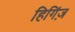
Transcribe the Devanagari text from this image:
हिगिंज़